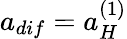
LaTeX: a_{dif}=a_{H}^{(1)}